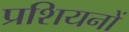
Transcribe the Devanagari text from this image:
प्रशियनों